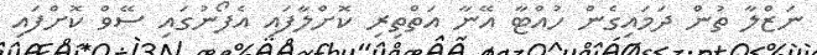
ނަޒްލާ ތުން ދަމައިގެން ހުއްޓާ އޭނާ އަތްތިރި ކޮށްލާފައި އެފޯނުގައި ސޭވް ކޮށްފައި